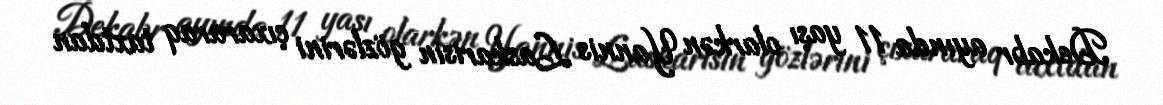
Dekabr ayında 11 yaşı olarkən Yannis Laskarisin gözlərini çıxararaq taxtdan